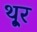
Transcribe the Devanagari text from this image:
थू्र